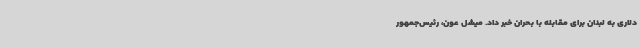
دلاری به لبنان برای مقابله با بحران خبر داد. میشل عون، رئیس‌جمهور